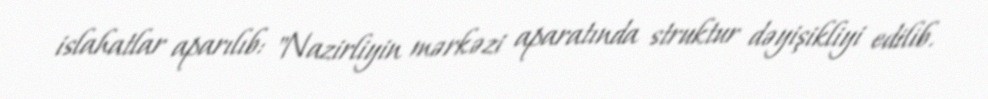
islahatlar aparılıb: "Nazirliyin mərkəzi aparatında struktur dəyişikliyi edilib.